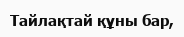
Тайлақтай құны бар,